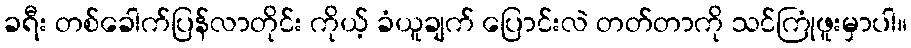
ခရီး တစ်ခေါက်ပြန်လာတိုင်း ကိုယ့် ခံယူချက် ပြောင်းလဲ တတ်တာကို သင်ကြုံဖူးမှာပါ။